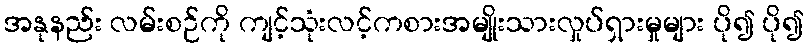
အနုနည်း လမ်းစဉ်ကို ကျင့်သုံးလင့်ကစားအမျိုးသားလှုပ်ရှားမှုများ ပို၍ ပို၍